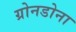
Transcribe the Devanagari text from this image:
ग्रोनडोना